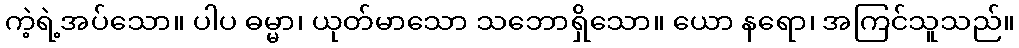
ကဲ့ရဲ့အပ်သော။ ပါပ ဓမ္မာ၊ ယုတ်မာသော သဘောရှိသော။ ယော နရော၊ အကြင်သူသည်။